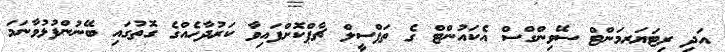
އަދި ރިޓަޔަރމަންޓް ސޭވިންގްސް އެކައުންޓް ގެ ތަފްސީލް ޗާޕްކޮށްފައިވާ ކަރުދާހެއްގެ ގޮތުގައި ބޭނުންފުޅުވާނަމަ